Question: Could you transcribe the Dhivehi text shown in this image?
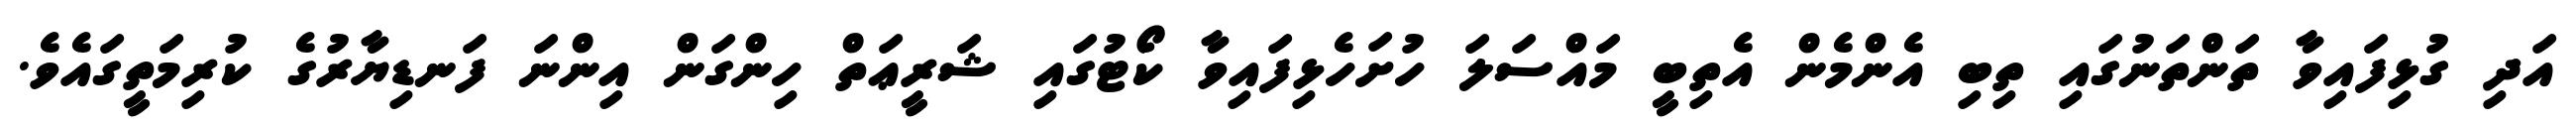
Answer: އަދި ގުޅިފައިވާ ތަންތަނުގައި ތިބި އެންމެން އެތިބީ މައްސަލަ ހުށަހެޅިފައިވާ ކޯޓުގައި ޝަރީޢަތް ހިންގަން އިންނަ ފަނޑިޔާރުގެ ކުރިމަތީގައެވެ.